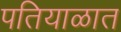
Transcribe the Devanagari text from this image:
पतियाळात